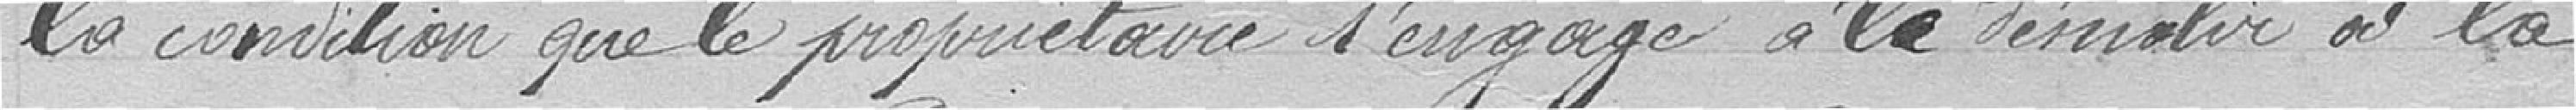
la condition que le propriétaire s'engage à démolir à la